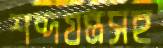
শব্দযন্ত্রসহ